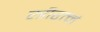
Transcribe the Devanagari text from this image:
स्त्रीरत्नं